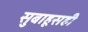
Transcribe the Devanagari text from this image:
सुबाहूसही